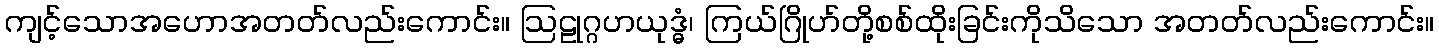
ကျင့်သောအဟောအတတ်လည်းကောင်း။ ဩဠုဂ္ဂဟယုဒ္ဓံ၊ ကြယ်ဂြိုဟ်တို့စစ်ထိုးခြင်းကိုသိသော အတတ်လည်းကောင်း။